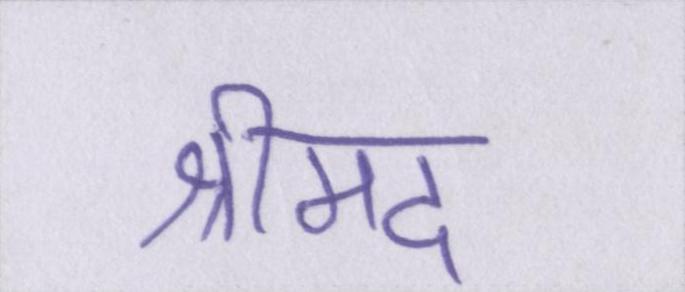
श्रीमद